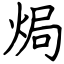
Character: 焗